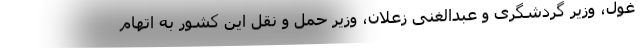
غول، وزیر گردشگری و عبدالغنی زعلان، وزیر حمل و نقل این کشور به اتهام